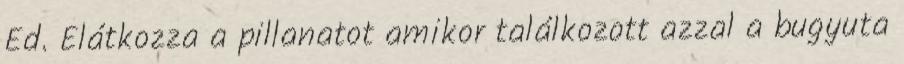
Ed. Elátkozza a pillanatot amikor találkozott azzal a bugyuta